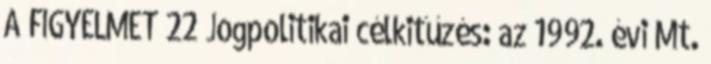
A FIGYELMET 22 Jogpolitikai célkitűzés: az 1992. évi Mt.